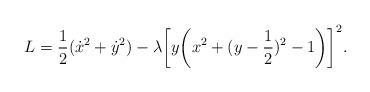
LaTeX: \begin{align*}L = {1\over 2} (\dot x^2+\dot y^2) - \lambda \biggl[ y \biggl( x^2 +(y-{1\over 2})^2 -1\biggr)\biggr]^2.\end{align*}